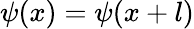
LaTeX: \psi(x)=\psi(x+l)